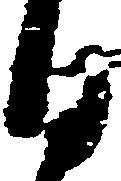
日